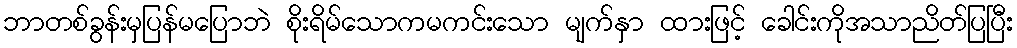
ဘာတစ်ခွန်းမှပြန်မပြောဘဲ စိုးရိမ်သောကမကင်းသော မျက်နှာ ထားဖြင့် ခေါင်းကိုအသာညိတ်ပြပြီး